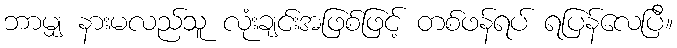
ဘာမျှ နားမလည်သူ လုံးချင်းအဖြစ်ဖြင့် တစ်ဖန်ရပ် ရပြန်လေပြီ။